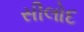
સીલોદ